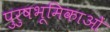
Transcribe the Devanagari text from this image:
पुरुषभूमिकाओं